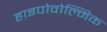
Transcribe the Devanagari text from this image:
हाइपोवोल्मिक